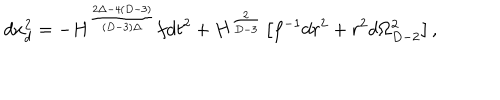
d x _ { d } ^ { 2 } = - H ^ { \frac { 2 \Delta - 4 ( D - 3 ) } { ( D - 3 ) \Delta } } f d t ^ { 2 } + H ^ { \frac { 2 } { D - 3 } } \left[ f ^ { - 1 } d r ^ { 2 } + r ^ { 2 } d \Omega _ { D - 2 } ^ { 2 } \right] ,